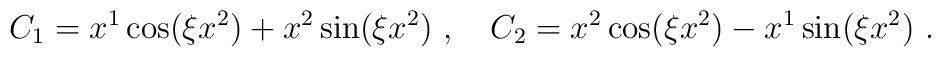
C_1 = x^1\cos(\xi x^2) + x^2\sin(\xi x^2)\ ,\ \ \ C_2 = x^2 \cos(\xi x^2) - x^1\sin(\xi x^2)\ .